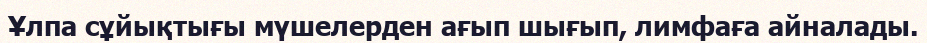
Ұлпа сұйықтығы мүшелерден ағып шығып, лимфаға айналады.